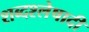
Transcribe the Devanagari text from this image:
शब्दश्लेषादी